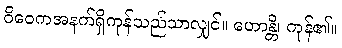
ဝိဝေကအနက်ရှိကုန်သည်သာလျှင်။ ဟောန္တိ၊ ကုန်၏။